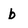
Character: b